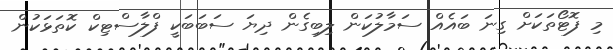
މި ފޮޓޯތަކަށް ގިނަ ބައެއް ސަމާލުކަން ލިބިގެން ދިޔަ ސަބަބަކީ ފްލާސްޓިކް ކޮތަޅަކުން